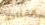
مفتاحك